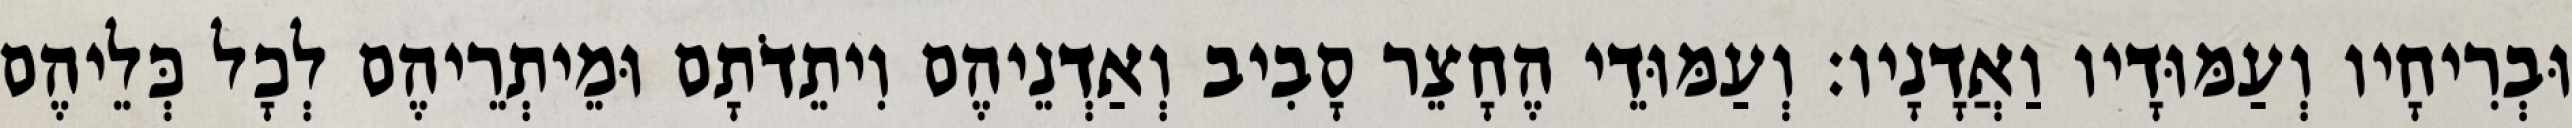
וּבְרִיחָיו וְעַמּוּדָיו וַאֲדָנָיו׃ וְעַמּוּדֵי הֶחָצֵר סָבִיב וְאַדְנֵיהֶם וִיתֵדֹתָם וּמֵיתְרֵיהֶם לְכָל כְּלֵיהֶם